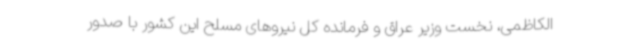
الکاظمی، نخست وزیر عراق و فرمانده کل نیروهای مسلح این کشور با صدور